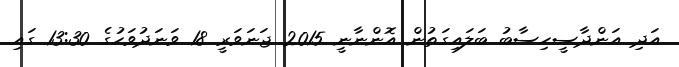
އަދި އަންދާސީހިސާބު ބަލައިގަތުން އޮންނާނީ 2015 ޖަނަވަރީ 18 ވަނަދުވަހުގެ 13:30 ގައި